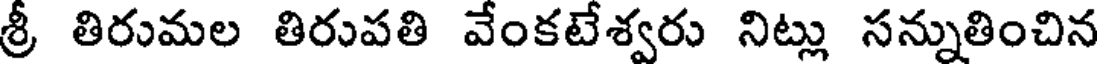
శ్రీ తిరుమల తిరుపతి వేంకటేశ్వరు నిట్లు సన్నుతించిన